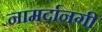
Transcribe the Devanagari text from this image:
नामर्दानगी